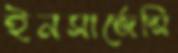
ইনসার্জেন্সি